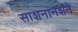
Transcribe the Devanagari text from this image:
साशनानशने